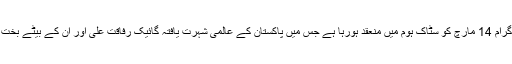
اب اخوت کا سالانہ فنڈریزنگ پروگرام 14 مارچ کو سٹاک ہوم میں منعقد ہورہا ہے جس میں پاکستان کے عالمی شہرت یافتہ گائیک رفاقت علی اور ان کے بیٹے بخت علی اپنے فن کا مظاہرہ کریں گے۔